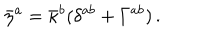
LaTeX: \bar { \eta } ^ { a } = \bar { \kappa } ^ { b } ( \delta ^ { a b } + \Gamma ^ { a b } ) \, .